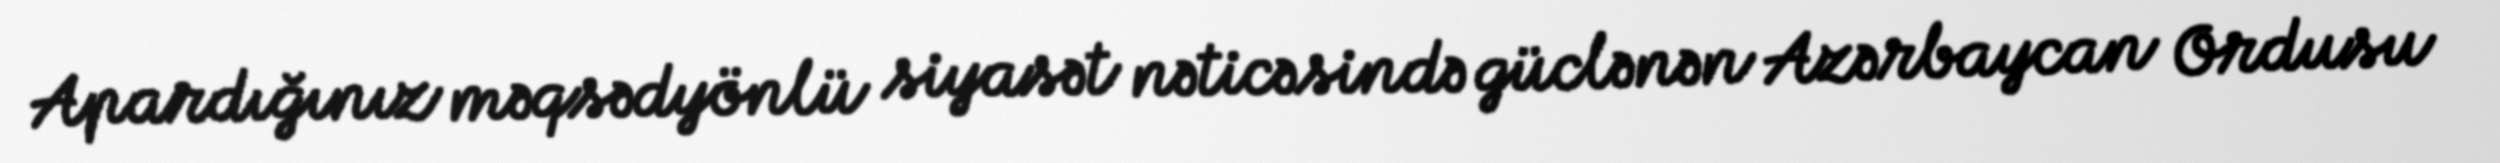
Apardığınız məqsədyönlü siyasət nəticəsində güclənən Azərbaycan Ordusu